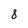
Character: 8